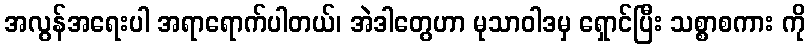
အလွန်အရေးပါ အရာရောက်ပါတယ်၊ အဲဒါတွေဟာ မုသာဝါဒမှ ရှောင်ပြီး သစ္စာစကား ကို